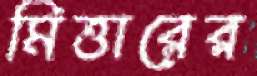
মিত্তারের